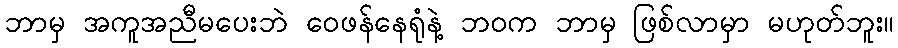
ဘာမှ အကူအညီမပေးဘဲ ဝေဖန်နေရုံနဲ့ ဘဝက ဘာမှ ဖြစ်လာမှာ မဟုတ်ဘူး။